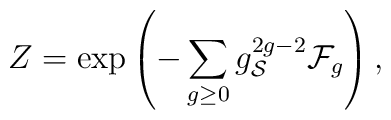
Z=\exp\left(-\sum_{g\geq0}g_{\cal S}^{2g-2}{\cal F}_g\right),